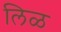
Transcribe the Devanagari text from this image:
लिळ